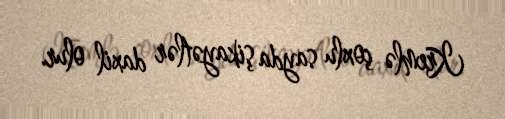
Kremlə çoxlu sayda şikayətlər daxil olur.